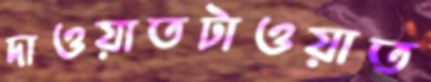
দাওয়াতটাওয়াত